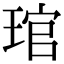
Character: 琯